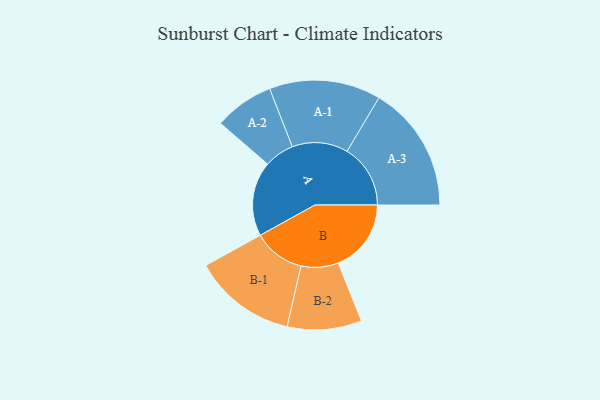
{"axis": {"x": "Segment", "y": "Value"}, "legend": ["", "A", "B"], "data": [{"x": "A", "y": 265, "type": ""}, {"x": "B", "y": 259, "type": ""}, {"x": "A-1", "y": 198, "type": "A"}, {"x": "A-2", "y": 106, "type": "A"}, {"x": "A-3", "y": 225, "type": "A"}, {"x": "B-1", "y": 183, "type": "B"}, {"x": "B-2", "y": 132, "type": "B"}]}